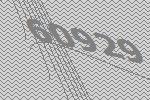
60929